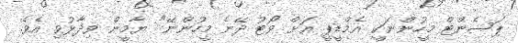
ޕަސެންޓް މީހުންނަކީ އެމްޑީޕީ އަށް ވޯޓު ދޭނެ މީހުންނޭ" ޔާމީން ވިދާޅުވި އެވެ.